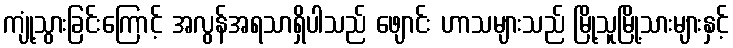
ကျုံ့သွားခြင်းကြောင့် အလွန်အရသာရှိပါသည် ဖျောင်း ဟာသများသည် မြို့သူမြို့သားများနှင့်